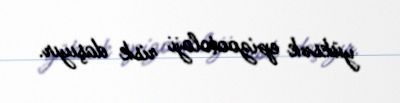
yüksək epizootoloji risk daşıyır.